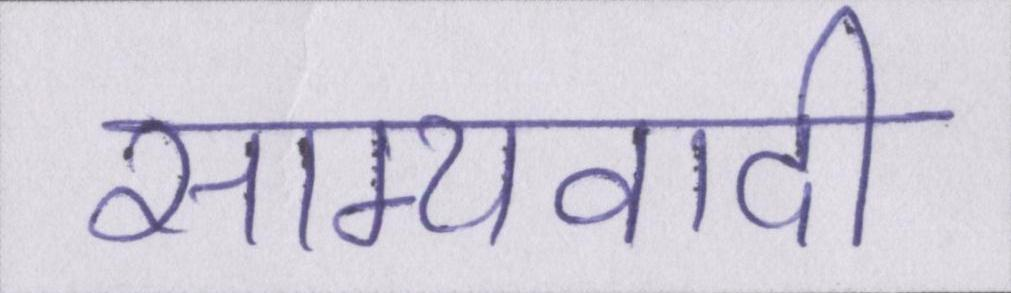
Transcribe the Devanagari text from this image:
साम्यवादी